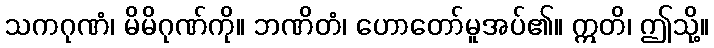
သကဂုဏံ၊ မိမိဂုဏ်ကို။ ဘဏိတံ၊ ဟောတော်မူအပ်၏။ ဣတိ၊ ဤသို့။